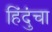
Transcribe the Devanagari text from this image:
हिंदुंचा